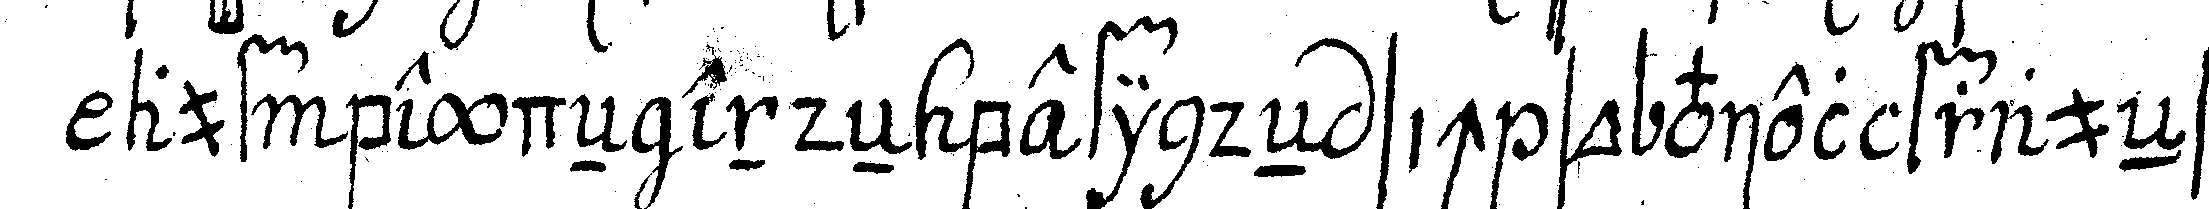
auf beydeN endeN befindeN sich so viel fraueNs